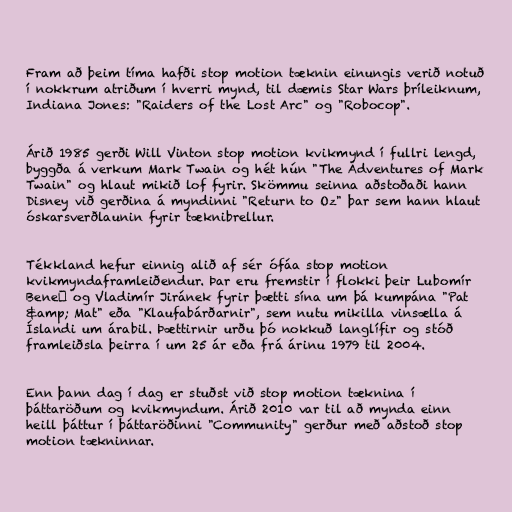
Fram að þeim tíma hafði stop motion tæknin einungis verið notuð
í nokkrum atriðum í hverri mynd, til dæmis Star Wars þríleiknum,
Indiana Jones: "Raiders of the Lost Arc" og "Robocop".

Árið 1985 gerði Will Vinton stop motion kvikmynd í fullri lengd,
byggða á verkum Mark Twain og hét hún "The Adventures of Mark
Twain" og hlaut mikið lof fyrir. Skömmu seinna aðstoðaði hann
Disney við gerðina á myndinni "Return to Oz" þar sem hann hlaut
óskarsverðlaunin fyrir tæknibrellur.

Tékkland hefur einnig alið af sér ófáa stop motion
kvikmyndaframleiðendur. Þar eru fremstir í flokki þeir Lubomír
Beneš og Vladimír Jiránek fyrir þætti sína um þá kumpána "Pat
&amp; Mat" eða "Klaufabárðarnir", sem nutu mikilla vinsælla á
Íslandi um árabil. Þættirnir urðu þó nokkuð langlífir og stóð
framleiðsla þeirra í um 25 ár eða frá árinu 1979 til 2004.

Enn þann dag í dag er stuðst við stop motion tæknina í
þáttaröðum og kvikmyndum. Árið 2010 var til að mynda einn
heill þáttur í þáttaröðinni "Community" gerður með aðstoð stop
motion tækninnar.